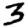
Digit: 3